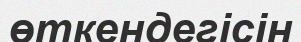
өткендегісін